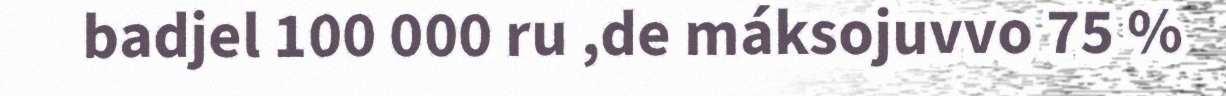
badjel 100 000 ru ,de máksojuvvo 75 %